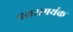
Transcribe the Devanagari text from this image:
पक्षसमर्थक